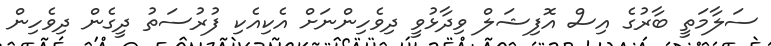
ސަލާމަތީ ބާރުގެ އިސް އޮފިޝަލް ވިދާޅުވީ ދިވެހިންނަށް އެކިއެކި ފުރުސަތު ދީގެން ދިވެހިން